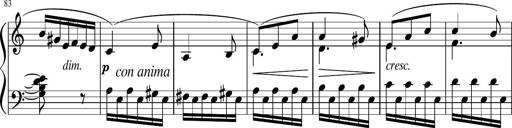
Title: 4 Sonatinas
Composer: Jacob Schmitt